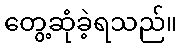
တွေ့ဆုံခဲ့ရသည်။